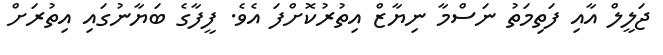
ޖަލީލް އާއި ފަތިމަތު ނަސްމާ ނިޔާޒް އިތުރުކޮށްފަ އެވެ. ފީފާގެ ބަޔާނުގައި އިތުރަށް